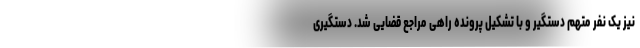
نیز یک نفر متهم دستگیر و با تشکیل پرونده راهی مراجع قضایی شد. دستگیری